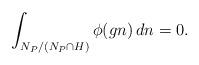
LaTeX: \begin{align*}\int_{N_{P}/(N_{P}\cap H)}\phi(gn)\,dn=0.\end{align*}